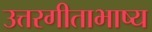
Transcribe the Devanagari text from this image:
उत्तरगीताभाष्य